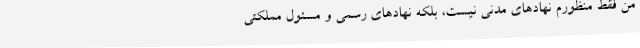
من فقط منظورم نهادهای مدنی نیست، بلکه نهادهای رسمی و مسئول مملکتی